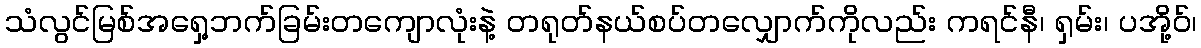
သံလွင်မြစ်အရှေ့ဘက်ခြမ်းတကျောလုံးနဲ့ တရုတ်နယ်စပ်တလျှောက်ကိုလည်း ကရင်နီ၊ ရှမ်း၊ ပအို့ဝ်၊